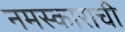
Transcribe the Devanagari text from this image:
नमस्काराची